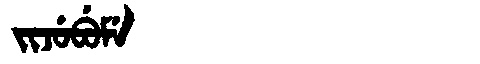
Manchu: ᠵᡳᠵᡠᠪᡠᠮᡝ
Romanization: JIJUBUME